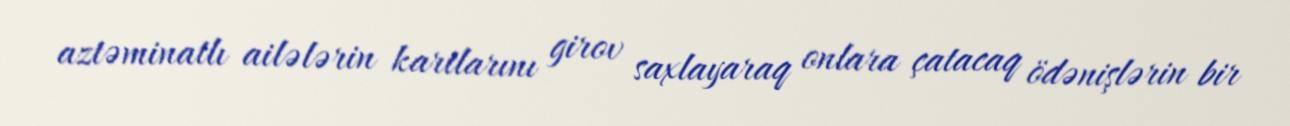
aztəminatlı ailələrin kartlarını girov saxlayaraq onlara çatacaq ödənişlərin bir